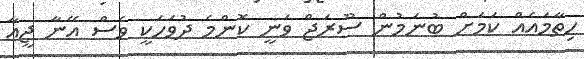
ހިތާމައެއް ކަމަށް ބުނަމުން ސޫރަޖް ވަނީ ކޮންމެ ދުވަހަކީ ވެސް އޭނާ ޖީއާ